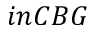
i n C B G